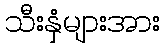
သီးနှံများအား